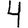
Digit: 4